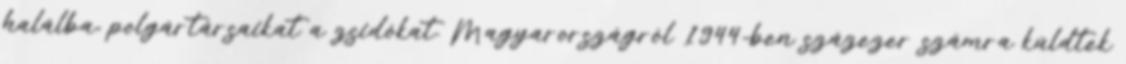
halálba, polgártársaikat a zsidókat. Magyarországról 1944-ben százezer számra küldtek